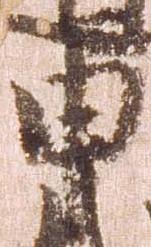
申